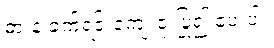
ဓားနဲ့ ခက်ရင်းကျေးဇူးပြု၍ ပေးပါ။